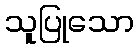
သူပြုသော